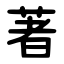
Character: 著